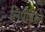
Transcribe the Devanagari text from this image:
लिपीवरुन